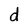
Character: d